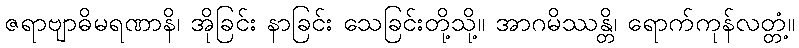
ဇရာဗျာဓိမရဏာနိ၊ အိုခြင်း နာခြင်း သေခြင်းတို့သို့။ အာဂမိဿန္တိ၊ ရောက်ကုန်လတ္တံ့။